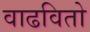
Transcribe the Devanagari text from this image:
वाढवितो